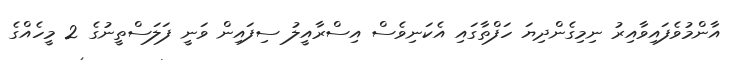
އާންމުވެފައިވާއިރު ނިމިގެންދިޔަ ހަފްތާގައި އެކަނިވެސް އިސްރާއީލު ސިފައިން ވަނީ ފަލަސްތީނުގެ 2 މީހެއްގެ